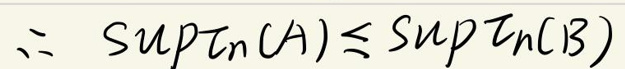
\therefore \sup T_n(A) \leq \sup T_n(B)